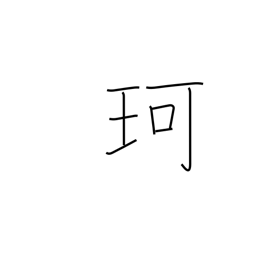
Meaning: jewel